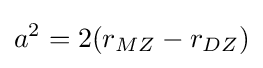
a^{2}=2(r_{MZ}-r_{DZ})